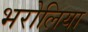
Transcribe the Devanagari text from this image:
भरोलिया